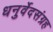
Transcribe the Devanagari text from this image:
धनुर्वेदसंग्रह